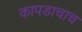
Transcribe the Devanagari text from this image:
कापडाचाच